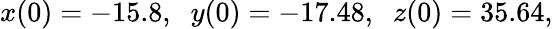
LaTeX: x(0)=-15.8,\; \; y(0)=-17.48,\; \; z(0)=35.64,